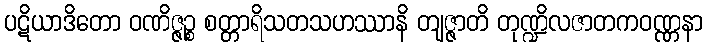
ပဋိယာဒိတော ဝဏိဇ္ဇဉ္စ စတ္တာရိသတသဟဿာနိ တျဇ္ဇာတိ တုဏ္ဍိလဇာတကဝဏ္ဏနာ